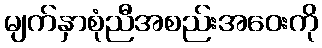
မျက်နှာစုံညီအစည်းအဝေးကို